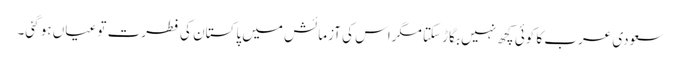
سعودی عرب کا کوئی کچھ نہیں بگاڑ سکتا مگراس کی آزمائش میں پاکستان کی فطرت تو عیاں ہو گئی۔